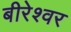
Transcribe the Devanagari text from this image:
बीरेश्वर